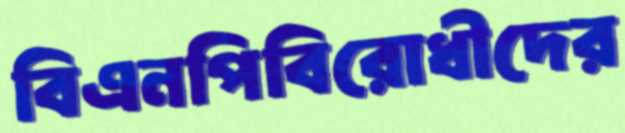
বিএনপিবিরোধীদের